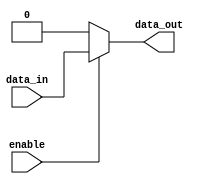
module open_drain_buffer (
  input wire enable,
  input wire data_in,
  output reg data_out
);

always @(*) begin
  if (enable == 1'b1) begin
    data_out <= data_in;
  end else begin
    data_out <= 1'b0;
  end
end

endmodule